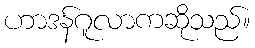
ဟာဒန်ဂူလာကဆိုသည်။